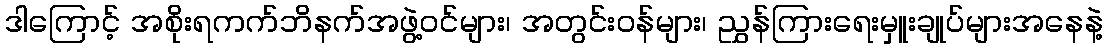
ဒါကြောင့် အစိုးရကက်ဘိနက်အဖွဲ့ဝင်များ၊ အတွင်းဝန်များ၊ ညွှန်ကြားရေးမှူးချုပ်များအနေနဲ့